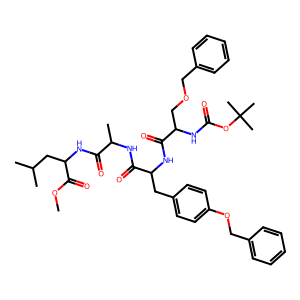
SMILES: COC(=O)C(CC(C)C)NC(=O)C(C)NC(=O)C(Cc1ccc(OCc2ccccc2)cc1)NC(=O)C(COCc1ccccc1)NC(=O)OC(C)(C)C
Inhibits HIV replication: No